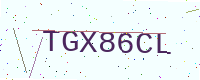
Text: TGX86CL